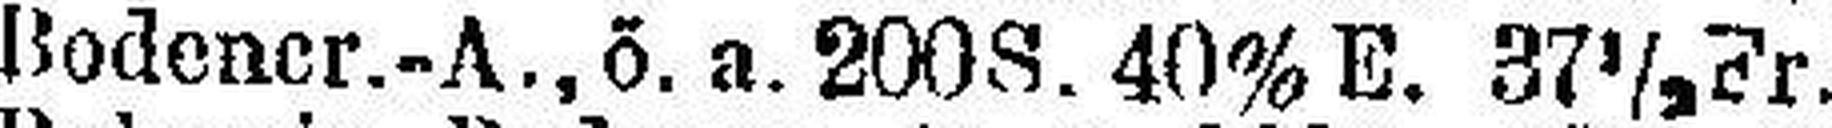
Bodener.-A., ö. a. 200 S. 40% E. 37½ Fr.